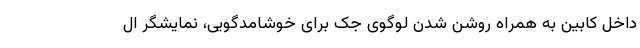
داخل کابین به همراه روشن شدن لوگوی جک برای خوشامدگویی، نمایشگر ال